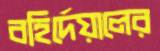
বহির্দেয়ালের